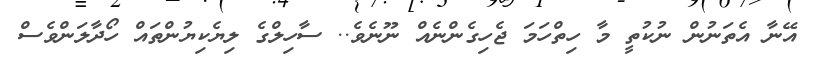
އޭނާ އެތަނުން ނުކުތީ މާ ހިތްހަމަ ޖެހިގެންނެއް ނޫނެވެ.. ސާހިލްގެ ލިޔެކިޔުންތައް ހޯދާލަންވެސް